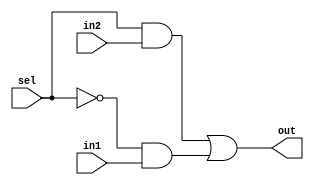
module mux2to1(out, sel, in1, in2);
	input in1, in2, sel;
	output out;
	wire not_sel, a1, a2;
	not (not_sel, sel);
	and (a1, sel, in2);
	and (a2, not_sel, in1);
	or (out, a1, a2);
endmodule

module bit8_2to1mux(out, sel, in1, in2);
input [7:0] in1, in2;
output [7:0] out;
input sel;
mux2to1 m0(out[0], sel, in1[0], in2[0]);
mux2to1 m1(out[1], sel, in1[1], in2[1]);
mux2to1 m2(out[2], sel, in1[2], in2[2]);
mux2to1 m3(out[3], sel, in1[3], in2[3]);
mux2to1 m4(out[4], sel, in1[4], in2[4]);
mux2to1 m5(out[5], sel, in1[5], in2[5]);
mux2to1 m6(out[6], sel, in1[6], in2[6]);
mux2to1 m7(out[7], sel, in1[7], in2[7]);
endmodule

/* module tb_8bit2to1mux;   
	reg [7:0] INP1, INP2;   
	reg SEL;   
	wire [7:0] out;   
	bit8_2to1mux M1(out,SEL,INP1,INP2);   
	initial   
		begin  
			$monitor($time, " Sel = %b, out = %b", SEL, out);
			INP1=8'b10101010;     
			INP2=8'b01010101;     
			SEL=1'b0;     
			#100 SEL=1'b1;     
			#1000 $finish;   
		end 
endmodule */
	
module bit32_2to1mux(out, sel, in1, in2);
	input [31:0] in1, in2;
	output [31:0] out;
	input sel;
	genvar j;
	generate for (j=0; j< 4; j=j+1) begin: mux_loop
		bit8_2to1mux m1(out[8*j+7:8*j], sel, in1[8*j+7:8*j], in2[8*j+7:8*j]);
	end
	endgenerate

endmodule

module bit32_4to1mux(out, sel, in1, in2, in3, in4);
	input [31:0] in1, in2, in3, in4;
	output [31:0] out;
	wire [31:0] o1, o2;
	input[1:0] sel;
	bit32_2to1mux m1(o1, sel[0], in1, in2);
	bit32_2to1mux m2(o2, sel[0], in3, in4);
	bit32_2to1mux m3(out, sel[1], o1, o2);	
endmodule

module bit32_3to1mux(out, sel, in1, in2, in3);
	input [31:0] in1, in2, in3;
	output [31:0] out;
	input[1:0] sel;
	bit32_4to1mux m(out, sel, in1, in2, in3, 32'b0000000000000000);
endmodule

/*  module tb_32bit3to1mux;   
	reg [31:0] INP1, INP2, INP3;   
	reg [1:0] SEL;   
	wire [31:0] out;   
	bit32_3to1mux M1(out,SEL,INP1,INP2, INP3);   
	initial   
		begin  
			$monitor($time, " Sel = %b, out = %b", SEL, out);
			INP1=32'b10101010101010101010101010101010;     
			INP2=32'b01010101010101010101010101010101;    
			INP3=32'b11010101010101010101010101010111;  
			INP4=32'b00010101010101010101010101010100;
			SEL=2'b00;     
			#100 SEL=2'b01; 
			#100 SEL=2'b10;  	
			#1000 $finish;   
		end 
endmodule */